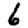
Digit: 6